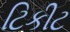
ટિકીટ